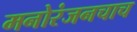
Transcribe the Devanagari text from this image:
मनोरंजनचाच